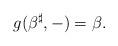
LaTeX: \begin{align*}g(\beta^\sharp,-)=\beta.\end{align*}